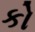
કો